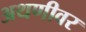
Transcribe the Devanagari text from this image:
अथणीवर